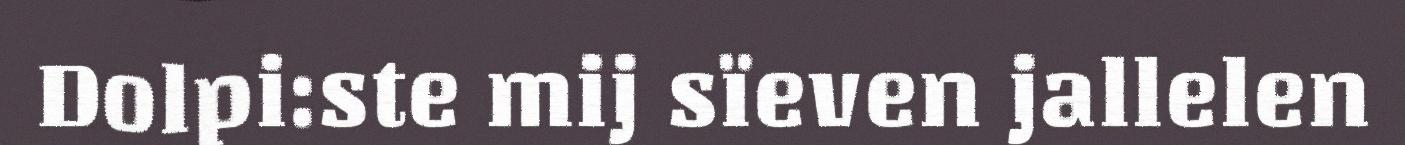
Dolpi:ste mij sïeven jallelen